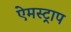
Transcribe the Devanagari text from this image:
ऐमस्ट्राप